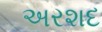
અરશદ